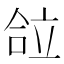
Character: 𰇴